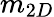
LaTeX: m_{2D}